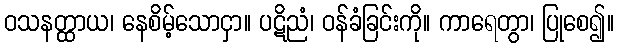
ဝသနတ္ထာယ၊ နေစိမ့်သောငှာ။ ပဋိညံ၊ ဝန်ခံခြင်းကို။ ကာရေတွာ၊ ပြုစေ၍။